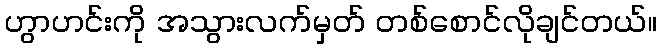
ဟွာဟင်းကို အသွားလက်မှတ် တစ်စောင်လိုချင်တယ်။